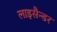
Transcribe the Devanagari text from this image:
लाइसैन्डर